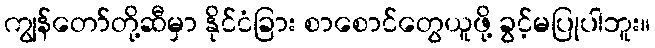
ကျွန်တော်တို့ဆီမှာ နိုင်ငံခြား စာစောင်တွေယူဖို့ ခွင့်မပြုပါဘူး။